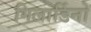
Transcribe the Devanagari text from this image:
गिलार्डिनो